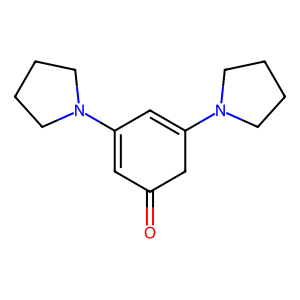
SMILES: O=C1C=C(N2CCCC2)C=C(N2CCCC2)C1
Inhibits HIV replication: No